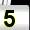
Digit: 5